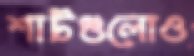
শার্টগুলোও